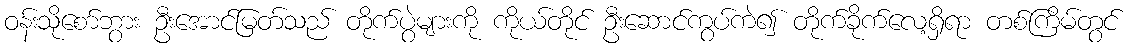
ဝန်းသိုစော်ဘွား ဦးအောင်မြတ်သည် တိုက်ပွဲများကို ကိုယ်တိုင် ဦးဆောင်ကွပ်ကဲ၍ တိုက်ခိုက်လေ့ရှိရာ တစ်ကြိမ်တွင်